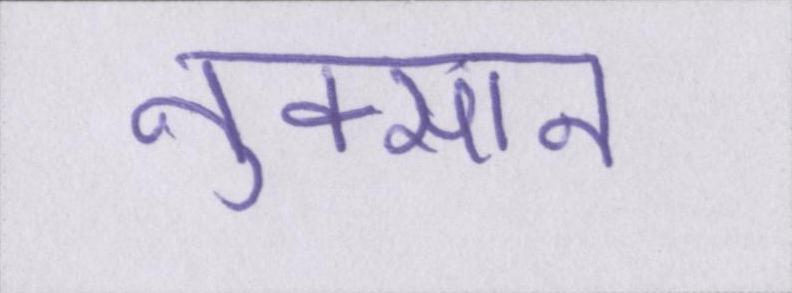
नुक्सान